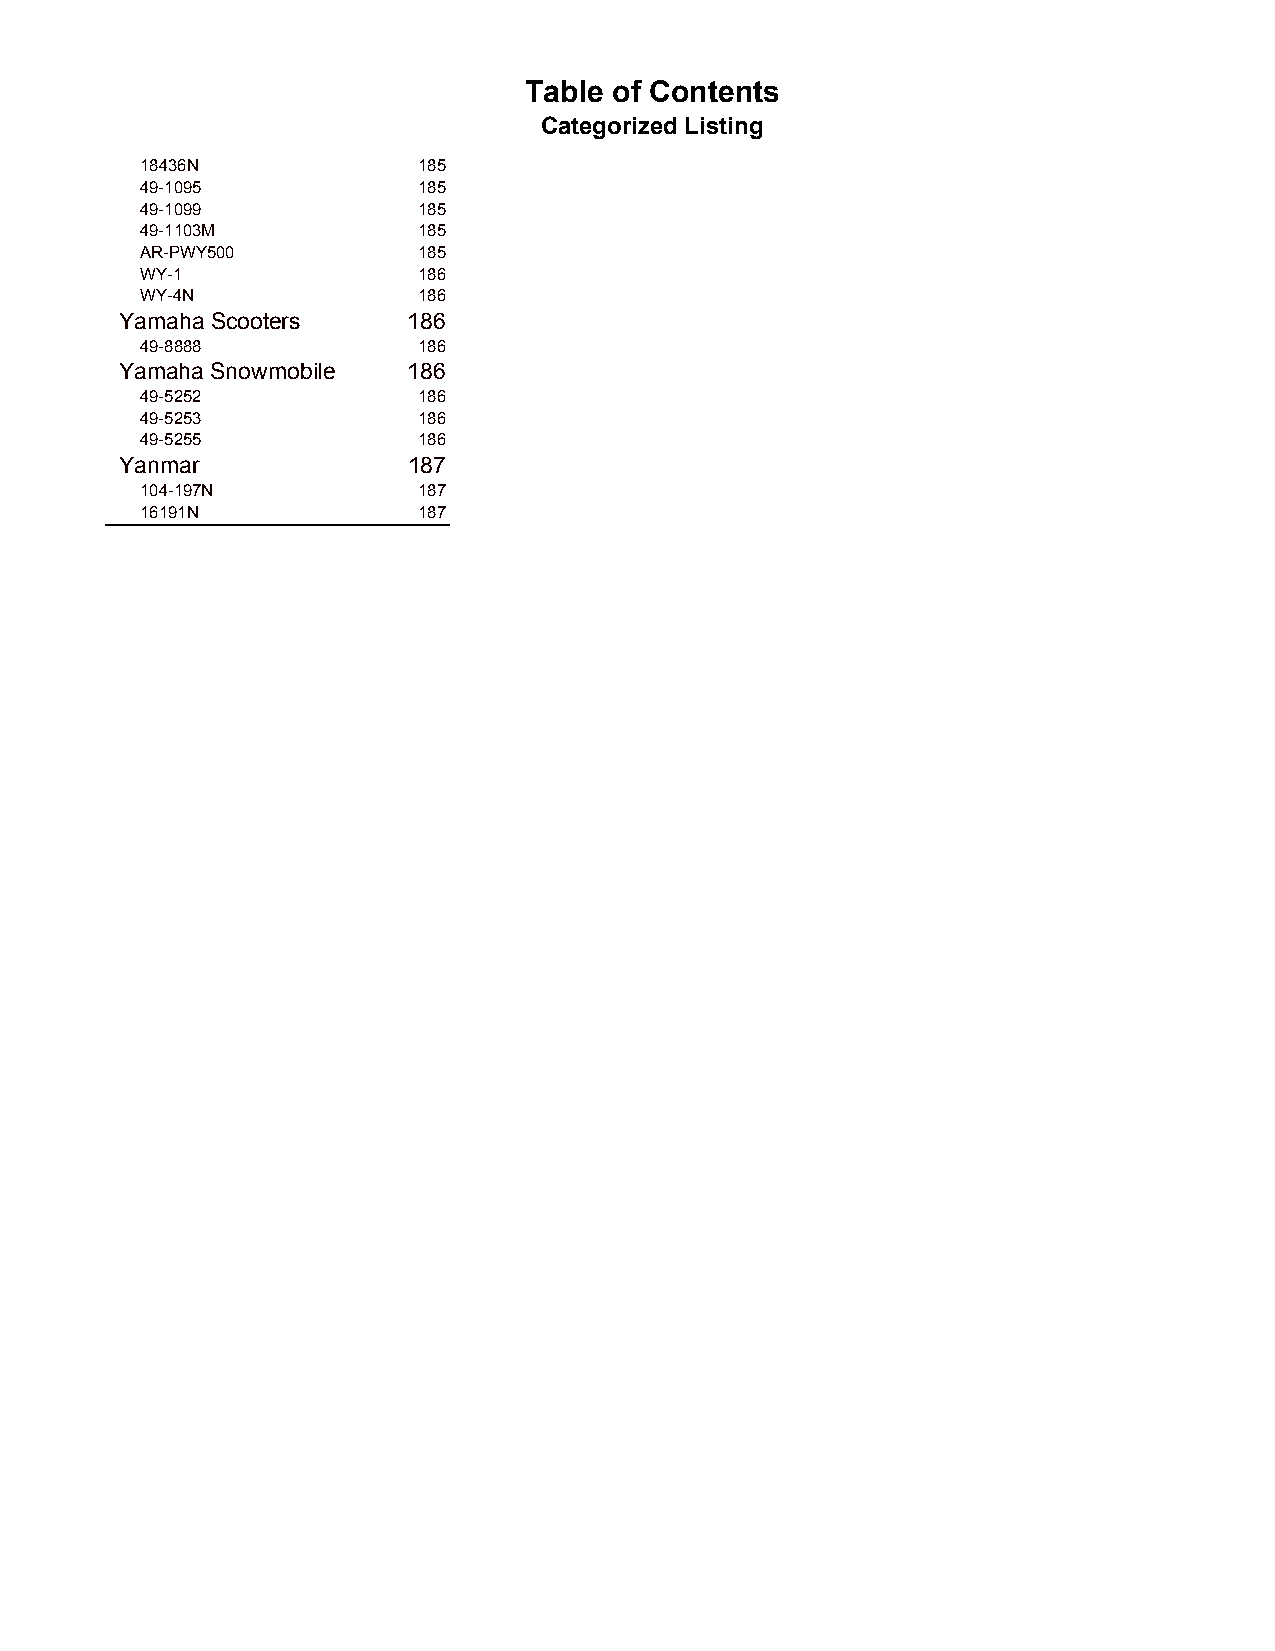
Table of Contents
 Categorized Listing
 18436N             185
 49-1095            185
 49-1099            185
 49-1103M           185
 AR-PWY500          185
 WY-1               186
 WY-4N              186
 Yamaha Scooters    186
 49-8888            186
 Yamaha Snowmobile  186
 49-5252            186
 49-5253            186
 49-5255            186
 Yanmar             187
 104-197N           187
 16191N             187